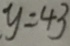
y = 4 3